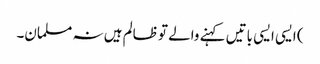
) ایسی ایسی باتیں کہنے والے تو ظالم ہیں نہ مسلمان۔